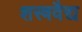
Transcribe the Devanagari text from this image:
शस्त्रवैद्य